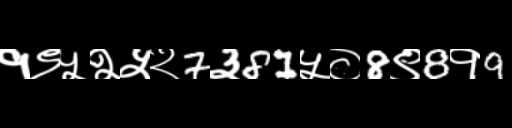
Text: १९५२५२7३81५०8९8१9